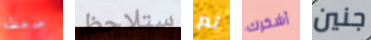
ضغطه ستلاحظ ثم أشكرك جنين